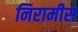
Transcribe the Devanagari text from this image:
निरामीस